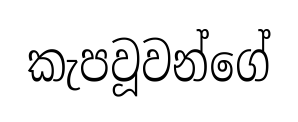
කැපවූවන්ගේ